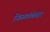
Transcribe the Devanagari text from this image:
निळकंठेश्वर